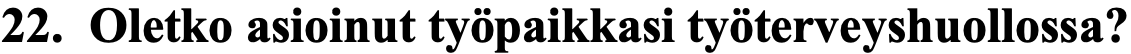
22. Oletko asioinut työpaikkasi työterveyshuollossa?